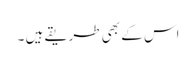
اس کے بھی طریقے ہیں ۔